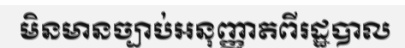
មិនមានច្បាប់អនុញ្ញាតពីរដ្ឋបាល